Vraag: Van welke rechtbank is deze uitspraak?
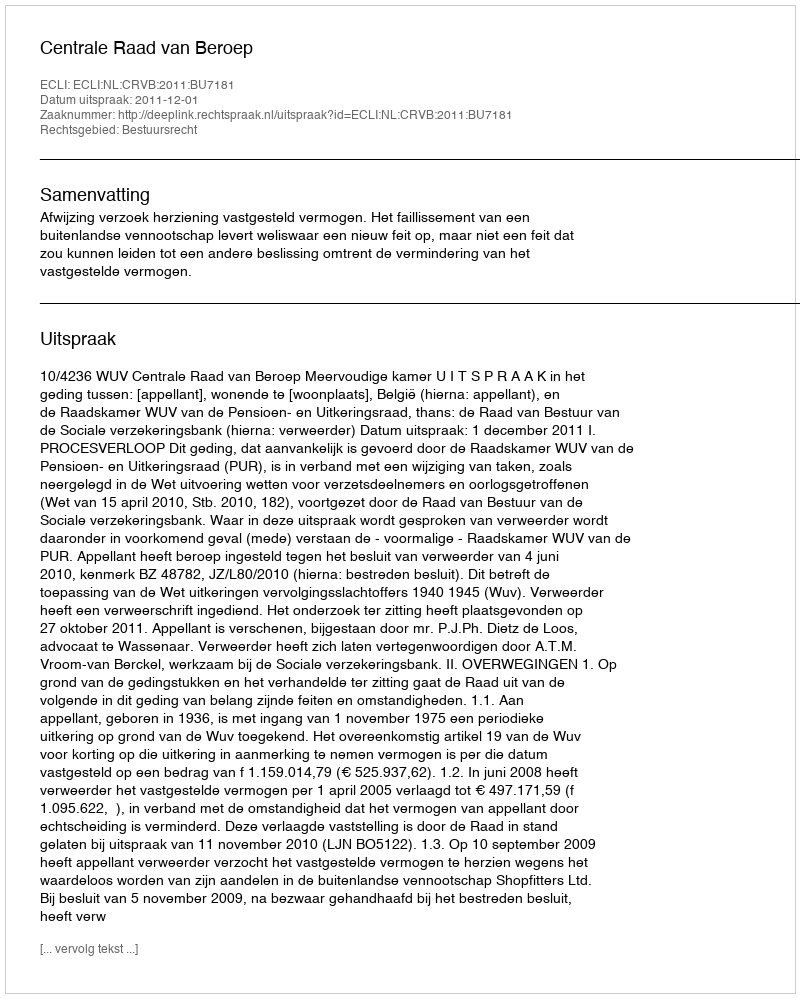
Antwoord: Centrale Raad van Beroep